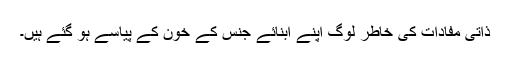
ذاتی مفادات کی خاطر لوگ اپنے ابنائے جنس کے خون کے پیاسے ہو گئے ہیں۔